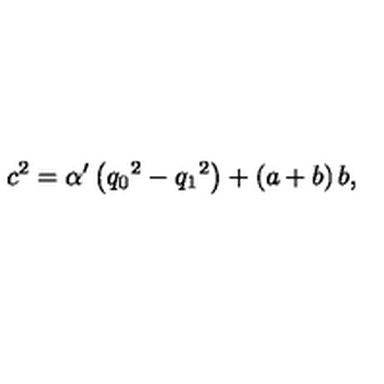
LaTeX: { c ^ { 2 } } = { \alpha ^ { \prime } } \left( { q _ { 0 } } ^ { 2 } - { q _ { 1 } } ^ { 2 } \right) + \left( a + b \right) b ,